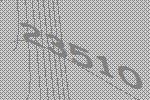
23510